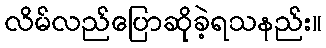
လိမ်လည်ပြောဆိုခဲ့ရသနည်း။